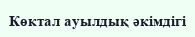
Көктал ауылдық әкімдігі